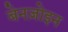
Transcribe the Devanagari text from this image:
बेनज़ोइन